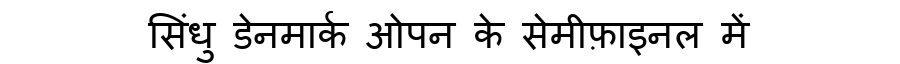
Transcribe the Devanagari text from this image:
सिंधु डेनमार्क ओपन के सेमीफ़ाइनल में